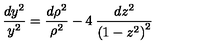
\frac { d y ^ { 2 } } { y ^ { 2 } } = \frac { { d \rho ^ { 2 } } } { \rho ^ { 2 } } - 4 \: \frac { d z ^ { 2 } } { \left( 1 - z ^ { 2 } \right) ^ { 2 } }